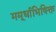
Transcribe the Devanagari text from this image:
ममूर्धाभिषिक्त